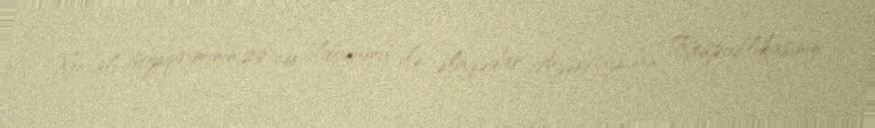
Xocalı soyqırımının 29-cu ildönümü ilə əlaqədar Azərbaycan Respublikasının